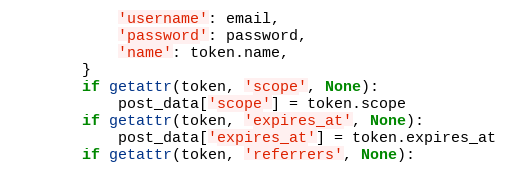
Language: Python
            'username': email,
            'password': password,
            'name': token.name,
        }
        if getattr(token, 'scope', None):
            post_data['scope'] = token.scope
        if getattr(token, 'expires_at', None):
            post_data['expires_at'] = token.expires_at
        if getattr(token, 'referrers', None):